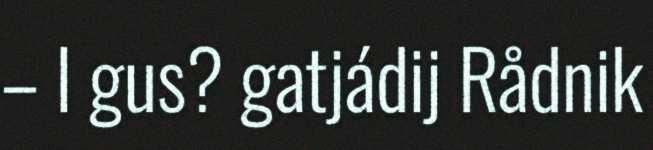
– I gus? gatjádij Rådnik